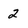
Character: 2